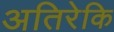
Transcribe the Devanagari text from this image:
अतिरेकि